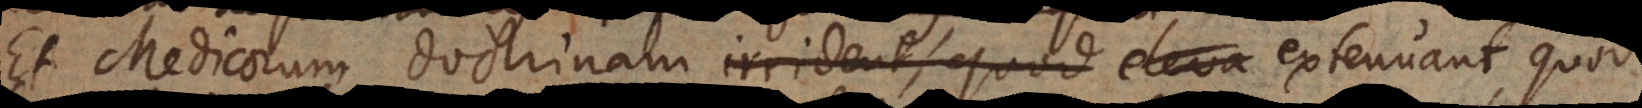
Et Medicorum doctrinam irrident, quod eleva extenuant, quod